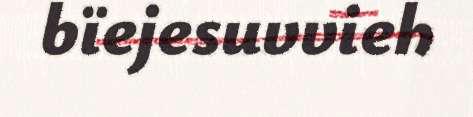
bïejesuvvieh